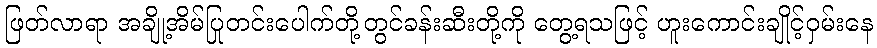
ဖြတ်လာရာ အချို့အိမ်ပြုတင်းပေါက်တို့တွင်ခန်းဆီးတို့ကို တွေ့ရသဖြင့် ဟူးကောင်းချိုင့်ဝှမ်းနေ